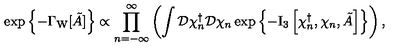
\exp \left\{ - \Gamma _ { \mathrm { W } } [ \tilde { A } ] \right\} \propto \prod _ { n = - \infty } ^ { \infty } \left( \int \mathcal { D } \chi _ { n } ^ { \dagger } \mathcal { D } \chi _ { n } \exp \left\{ - \mathrm { I } _ { 3 } \left[ \chi _ { n } ^ { \dagger } , \chi _ { n } , \tilde { A } \right] \right\} \right) ,